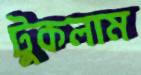
টুকলাম